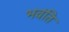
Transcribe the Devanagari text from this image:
भवंति